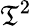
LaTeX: \mathfrak{T}^{2}